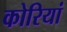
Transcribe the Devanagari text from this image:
कोरियां